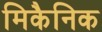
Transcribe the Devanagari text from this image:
मिकैनिक